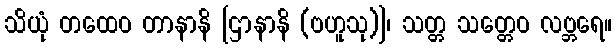
သိယုံ တထေဝ တာနာနိ [ဌာနာနိ (ဗဟူသု)]၊ သတ္တ သတ္တေဝ လဗ္ဘရေ။